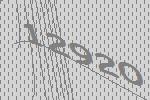
12920